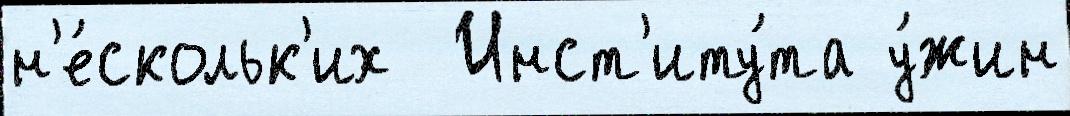
н'е́скольк'их  Инст'иту́та у́жин